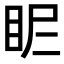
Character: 𥄿